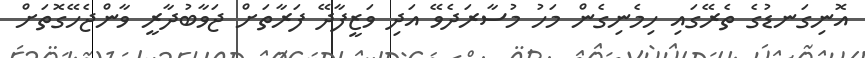
އޮނިގަނޑުގެ ތެރޭގައި ހިމެނިގެން މަހު މުސާރަދެވޭ އަދި ވަޒީފާދޭ ފަރާތަށް ޖަވާބުދާރީ ވާންޖެހޭގޮތަށް